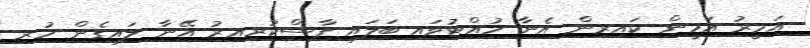
އަމީރު އަމީން ކައިރިން އެނާ ހުއްޓުވައި ބަލައި ފާސްކުރިއިރު އޭނާ ލައިގެން ހުރި